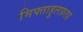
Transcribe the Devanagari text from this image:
मिफ्ताहुलफ़तह